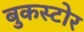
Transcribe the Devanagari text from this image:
बुकस्‍टोर